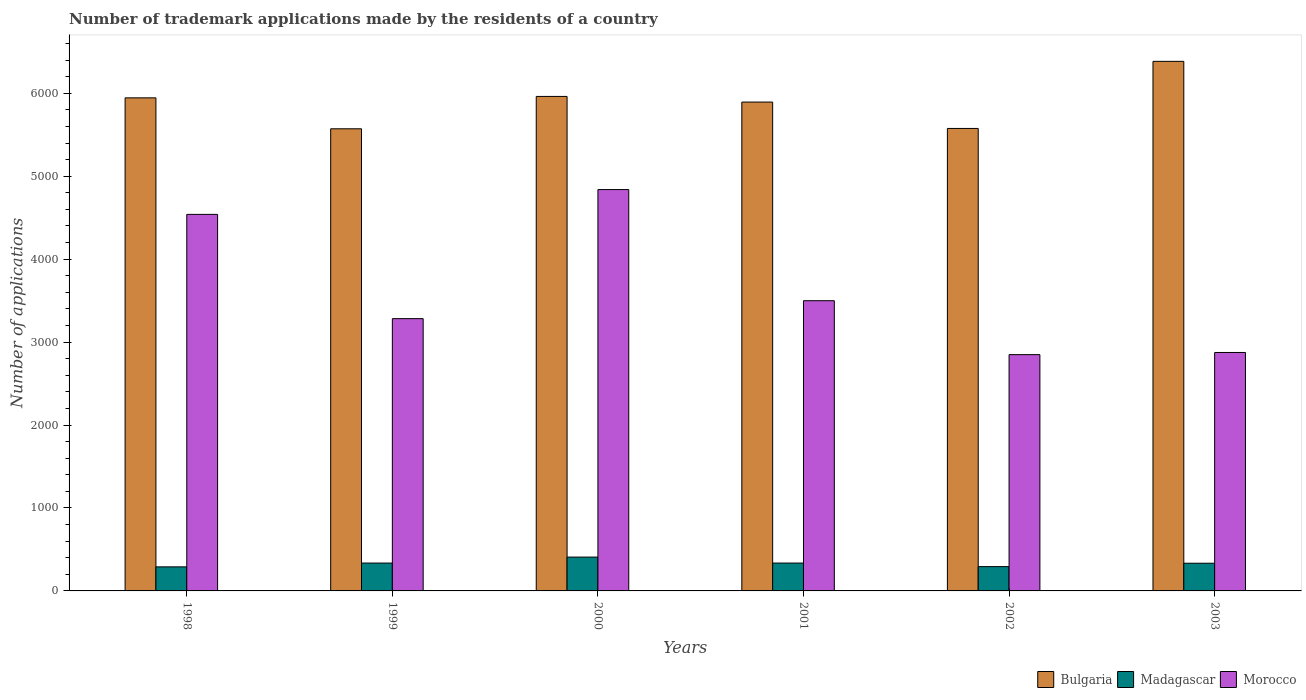
| Years | Bulgaria | Madagascar | Morocco |
 | --- | --- | --- | --- |
 | 1998 | 5.94e+03 | 290 | 4.54e+03 |
 | 1999 | 5.57e+03 | 336 | 3.28e+03 |
 | 2000 | 5.96e+03 | 408 | 4.84e+03 |
 | 2001 | 5.89e+03 | 336 | 3.5e+03 |
 | 2002 | 5.58e+03 | 293 | 2.85e+03 |
 | 2003 | 6.38e+03 | 334 | 2.88e+03 |